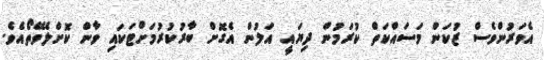
އެވަރުންވެސް ޒުކަން މަސައްކަތް ކުރަމުން ދިޔައީ އަލުން އެގޮށް ބާރުކުރުމަށްޓަކައި ވާން ކޮށްލެވޭތޯއެވެ.